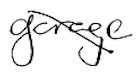
Text: garage
Cross-out: mix
Writing tool: digital_black